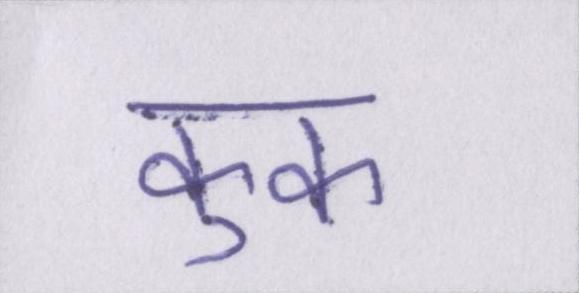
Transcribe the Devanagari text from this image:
कुक